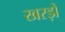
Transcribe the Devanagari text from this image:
खरड़ों